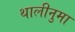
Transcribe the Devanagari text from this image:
थालीनुमा